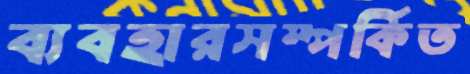
ব্যবহারসম্পর্কিত